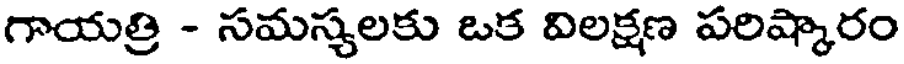
గాయత్రి - సమస్యలకు ఒక విలక్షణ పరిష్కారం